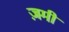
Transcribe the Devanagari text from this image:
ज़मी